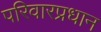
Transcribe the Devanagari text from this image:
परिवारप्रधान